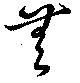
無